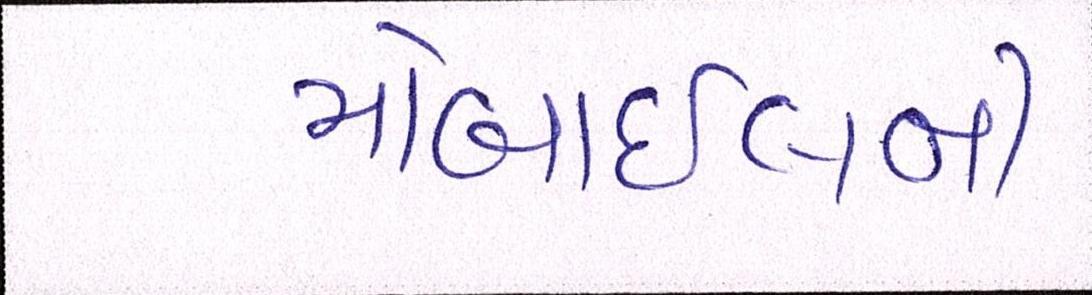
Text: મોબાઇલની